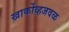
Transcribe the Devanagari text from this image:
खार्कोव्हजवळ